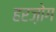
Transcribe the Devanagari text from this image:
हरज़ोग